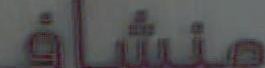
منشاف